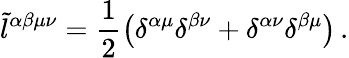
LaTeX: \tilde{l}^{\alpha\beta\mu\nu}=\frac{1}{2}\big(\delta^{\alpha\mu}\delta^{\beta\nu}+\delta^{\alpha\nu}\delta^{\beta\mu}\big)\, .